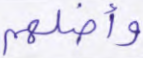
وأضلهم